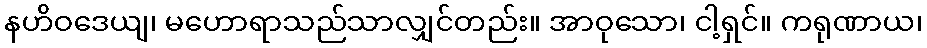
နဟိဝဒေယျ၊ မဟောရာသည်သာလျှင်တည်း။ အာဝုသော၊ ငါ့ရှင်။ ကရုဏာယ၊